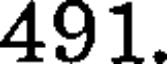
491.